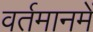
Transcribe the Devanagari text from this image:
वर्तमानमें